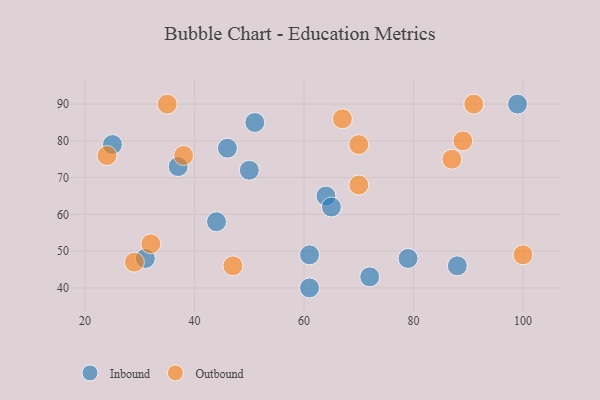
{"axis": {"x": "GDP", "y": "Life Expectancy"}, "legend": ["Inbound", "Outbound"], "data": [{"x": "50", "y": 72, "type": "Inbound"}, {"x": "37", "y": 73, "type": "Inbound"}, {"x": "72", "y": 43, "type": "Inbound"}, {"x": "25", "y": 79, "type": "Inbound"}, {"x": "99", "y": 90, "type": "Inbound"}, {"x": "61", "y": 49, "type": "Inbound"}, {"x": "46", "y": 78, "type": "Inbound"}, {"x": "51", "y": 85, "type": "Inbound"}, {"x": "88", "y": 46, "type": "Inbound"}, {"x": "44", "y": 58, "type": "Inbound"}, {"x": "61", "y": 40, "type": "Inbound"}, {"x": "31", "y": 48, "type": "Inbound"}, {"x": "64", "y": 65, "type": "Inbound"}, {"x": "65", "y": 62, "type": "Inbound"}, {"x": "79", "y": 48, "type": "Inbound"}, {"x": "89", "y": 80, "type": "Outbound"}, {"x": "91", "y": 90, "type": "Outbound"}, {"x": "70", "y": 68, "type": "Outbound"}, {"x": "35", "y": 90, "type": "Outbound"}, {"x": "29", "y": 47, "type": "Outbound"}, {"x": "24", "y": 76, "type": "Outbound"}, {"x": "100", "y": 49, "type": "Outbound"}, {"x": "32", "y": 52, "type": "Outbound"}, {"x": "47", "y": 46, "type": "Outbound"}, {"x": "67", "y": 86, "type": "Outbound"}, {"x": "70", "y": 79, "type": "Outbound"}, {"x": "87", "y": 75, "type": "Outbound"}, {"x": "38", "y": 76, "type": "Outbound"}]}